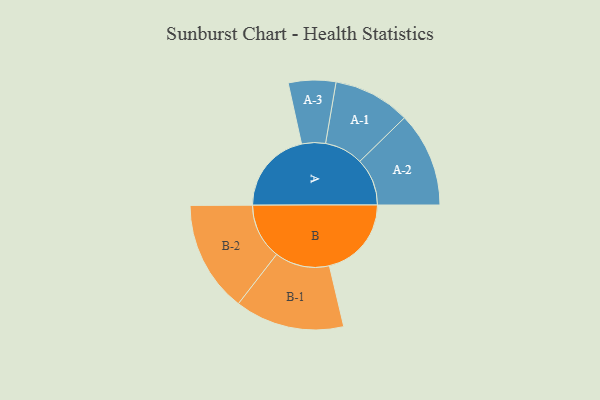
{"axis": {"x": "Segment", "y": "Value"}, "legend": ["", "A", "B"], "data": [{"x": "A", "y": 432, "type": ""}, {"x": "B", "y": 426, "type": ""}, {"x": "A-1", "y": 200, "type": "A"}, {"x": "A-2", "y": 246, "type": "A"}, {"x": "A-3", "y": 123, "type": "A"}, {"x": "B-1", "y": 284, "type": "B"}, {"x": "B-2", "y": 289, "type": "B"}]}